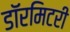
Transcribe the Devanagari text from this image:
डॉरमिटरी